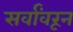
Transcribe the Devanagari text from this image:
सर्वांवरून